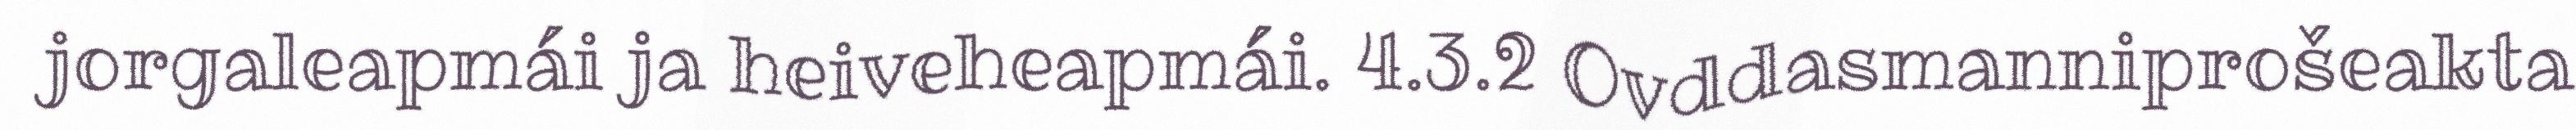
jorgaleapmái ja heiveheapmái. 4.3.2 Ovddasmanniprošeakta